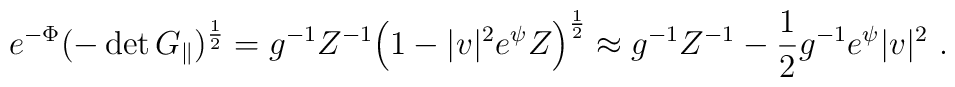
e^{-\Phi}(-\det G_{\|})^{\frac{1}{2}}=g^{-1} Z^{-1}\Bigl(1-|v|^2 e^{\psi}Z\Bigr)^{\frac{1}{2}} \approx g^{-1} Z^{-1}-\frac{1}{2}g^{-1}  e^{\psi} |v|^2\ .